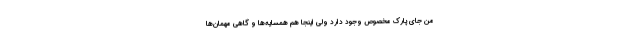
من جای پارک مخصوص وجود دارد ولی اینجا هم همسایه‌ها و گاهی مهمان‌ها